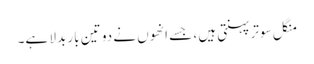
منگل سوتر پہنتی ہیں ، جسے انھوں نے دو تین بار بدلا ہے۔